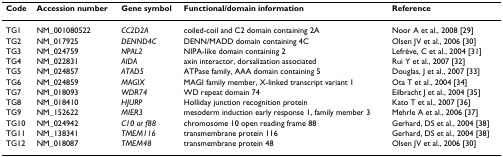
| Code | Accession number | Gene symbol | Functional/domain information | Reference |
 | --- | --- | --- | --- | --- |
 | TG1 | NM_001080522 | CC2D2A | coiled-coil and C2 domain containing 2A | Noor A et al., 2008 [29] |
 | TG2 | NM_017925 | DENND4C | DENN/MADD domain containing 4C | Olsen JV et al., 2006 [30] |
 | TG3 | NM_024759 | NPAL2 | NIPA-like domain containing 2 | Lefrève, C et al., 2004 [31] |
 | TG4 | NM_022831 | AIDA | axin interactor, dorsalization associated | Rui Y et al., 2007 [32] |
 | TG5 | NM_024857 | ATAD5 | ATPase family, AAA domain containing 5 | Douglas, J et al., 2007 [33] |
 | TG6 | NM_024859 | MAGIX | MAGI family member, X-linked transcript variant 1 | Ota T et al., 2004 [34] |
 | TG7 | NM_018093 | WDR74 | WD repeat domain 74 | Eilbracht J et al., 2004 [35] |
 | TG8 | NM_018410 | HJURP | Holliday junction recognition protein | Kato T et al., 2007 [36] |
 | TG9 | NM_152622 | MIER3 | mesoderm induction early response 1, family member 3 | Mehrle A et al., 2006 [37] |
 | TG10 | NM_024942 | C10 or f88 | chromosome 10 open reading frame 88 | Gerhard, DS et al., 2004 [38] |
 | TG11 | NM_138341 | TMEM116 | transmembrane protein 116 | Gerhard, DS et al., 2004 [38] |
 | TG12 | NM_018087 | TMEM48 | transmembrane protein 48 | Olsen JV et al., 2006 [30] |